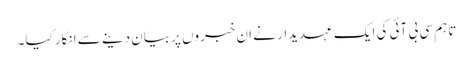
تاہم سی بی آئی کی ایک عہدیدار نے ان خبروں پر بیان دینے سے انکار کیا۔